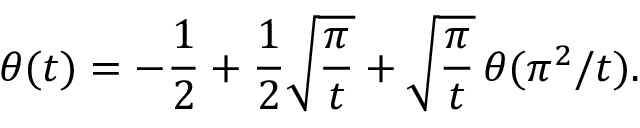
\theta ( t ) = - \frac { 1 } { 2 } + \frac { 1 } { 2 } \sqrt { \frac { \pi } { t } } + \sqrt { \frac { \pi } { t } } \, \theta ( \pi ^ { 2 } / t ) .